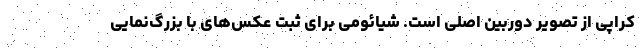
کراپی از تصویر دوربین اصلی است. شیائومی برای ثبت عکس‌های با بزرگ‌نمایی